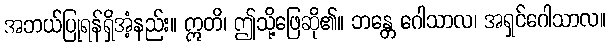
အဘယ်ပြုရန်ရှိအံ့နည်း။ ဣတိ၊ ဤသို့ဖြေဆို၏။ ဘန္တေ ဂေါသာလ၊ အရှင်ဂေါသာလ။